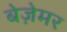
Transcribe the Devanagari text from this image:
बेज़ेमर